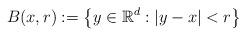
LaTeX: \begin{align*}B(x,r):= \left\{ y \in \mathbb{R}^d : |y-x|<r \right\}\end{align*}